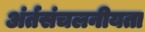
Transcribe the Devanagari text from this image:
अंर्तसंचलनीयता